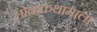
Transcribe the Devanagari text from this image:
लोककथामाला